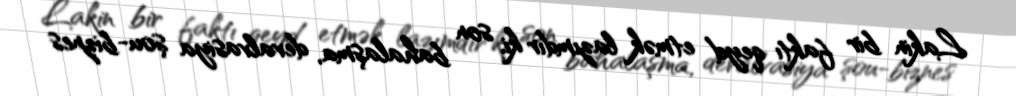
Lakin bir faktı qeyd etmək lazımdır ki, son bahalaşma, devalvasiya şou-biznes